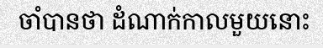
ចាំបានថា ដំណាក់កាលមួយនោះ